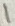
Text: 1